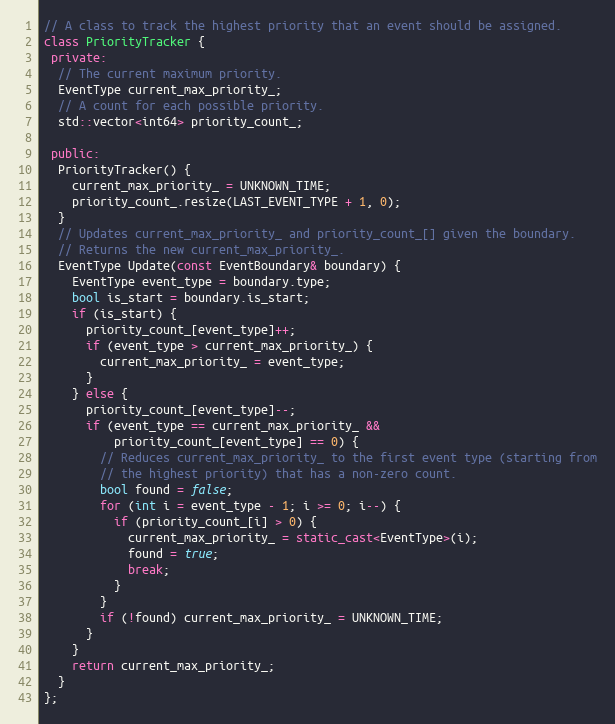
Language: C++
// A class to track the highest priority that an event should be assigned.
class PriorityTracker {
 private:
  // The current maximum priority.
  EventType current_max_priority_;
  // A count for each possible priority.
  std::vector<int64> priority_count_;

 public:
  PriorityTracker() {
    current_max_priority_ = UNKNOWN_TIME;
    priority_count_.resize(LAST_EVENT_TYPE + 1, 0);
  }
  // Updates current_max_priority_ and priority_count_[] given the boundary.
  // Returns the new current_max_priority_.
  EventType Update(const EventBoundary& boundary) {
    EventType event_type = boundary.type;
    bool is_start = boundary.is_start;
    if (is_start) {
      priority_count_[event_type]++;
      if (event_type > current_max_priority_) {
        current_max_priority_ = event_type;
      }
    } else {
      priority_count_[event_type]--;
      if (event_type == current_max_priority_ &&
          priority_count_[event_type] == 0) {
        // Reduces current_max_priority_ to the first event type (starting from
        // the highest priority) that has a non-zero count.
        bool found = false;
        for (int i = event_type - 1; i >= 0; i--) {
          if (priority_count_[i] > 0) {
            current_max_priority_ = static_cast<EventType>(i);
            found = true;
            break;
          }
        }
        if (!found) current_max_priority_ = UNKNOWN_TIME;
      }
    }
    return current_max_priority_;
  }
};